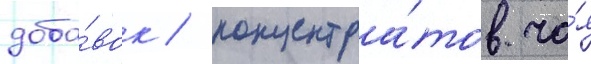
доба́вок / концентра́тов ча́я